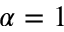
\alpha = 1